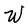
Character: W